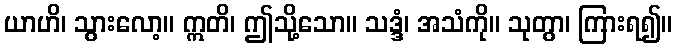
ယာဟိ၊ သွားလော့။ ဣတိ၊ ဤသို့သော။ သဒ္ဒံ၊ အသံကို။ သုတွာ၊ ကြားရ၍။